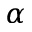
\alpha